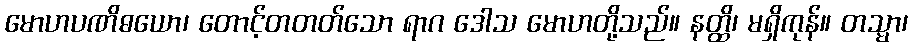
မောဟပဏိဓယော၊ တောင့်တတတ်သော ရာဂ ဒေါသ မောဟတို့သည်။ နတ္ထိ၊ မရှိကုန်။ တသ္မာ၊